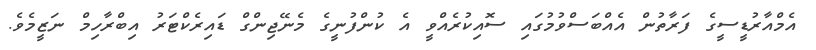
އެމްއާރުޑީސީގެ ފަރާތުން އެއްބަސްވުމުގައި ސޮއިކުރެއްވީ އެ ކުންފުނީގެ މެނޭޖިންގް ޑައިރެކްޓަރު އިބްރާހިމް ނަޒީމެވެ.